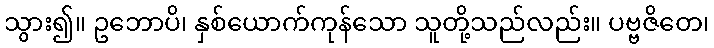
သွား၍။ ဥဘောပိ၊ နှစ်ယောက်ကုန်သော သူတို့သည်လည်း။ ပဗ္ဗဇိတေ၊